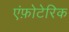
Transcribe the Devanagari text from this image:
एंफ़ोटेरिक